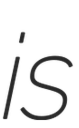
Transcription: is